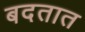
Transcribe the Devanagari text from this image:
बदतात